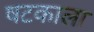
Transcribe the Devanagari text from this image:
षटकाला